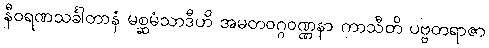
နီဝရဏသင်္ခါတာနံ မစ္ဆမံသာဒီဟိ အမတဝဂ္ဂဝဏ္ဏနာ ကာသီတိ ပဗ္ဗတရာဇာ